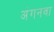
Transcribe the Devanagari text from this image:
अंगनवा